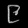
Digit: ၉